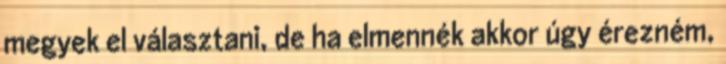
megyek el választani, de ha elmennék akkor úgy érezném,